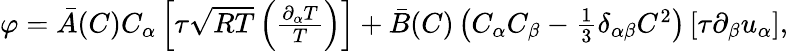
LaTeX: \begin{array}{r}{\varphi=\bar{A}(C)C_{\alpha}\left[\tau\sqrt{RT}\left(\frac{\partial_{\alpha}T}{T}\right)\right]+\bar{B}(C)\left(C_{\alpha}C_{\beta}-\frac{1}{3}\delta_{\alpha\beta}C^{2}\right)\left[\tau\partial_{\beta}u_{\alpha}\right],}\end{array}